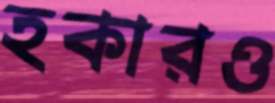
হকারও